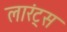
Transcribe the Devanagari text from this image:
लारंट्स